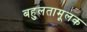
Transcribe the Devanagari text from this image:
बहुलतामूलक